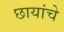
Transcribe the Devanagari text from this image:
छायांचे